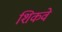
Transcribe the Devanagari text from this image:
शिकवे